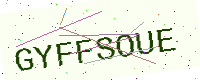
Text: GYFFSOUE